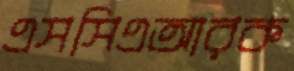
এসসিএআরক